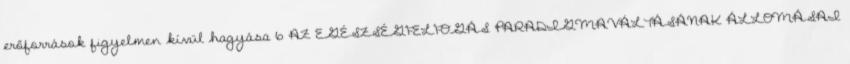
erőforrások figyelmen kívül hagyása 6 AZ EGÉSZSÉGFELFOGÁS PARADIGMAVÁLTÁSÁNAK ÁLLOMÁSAI